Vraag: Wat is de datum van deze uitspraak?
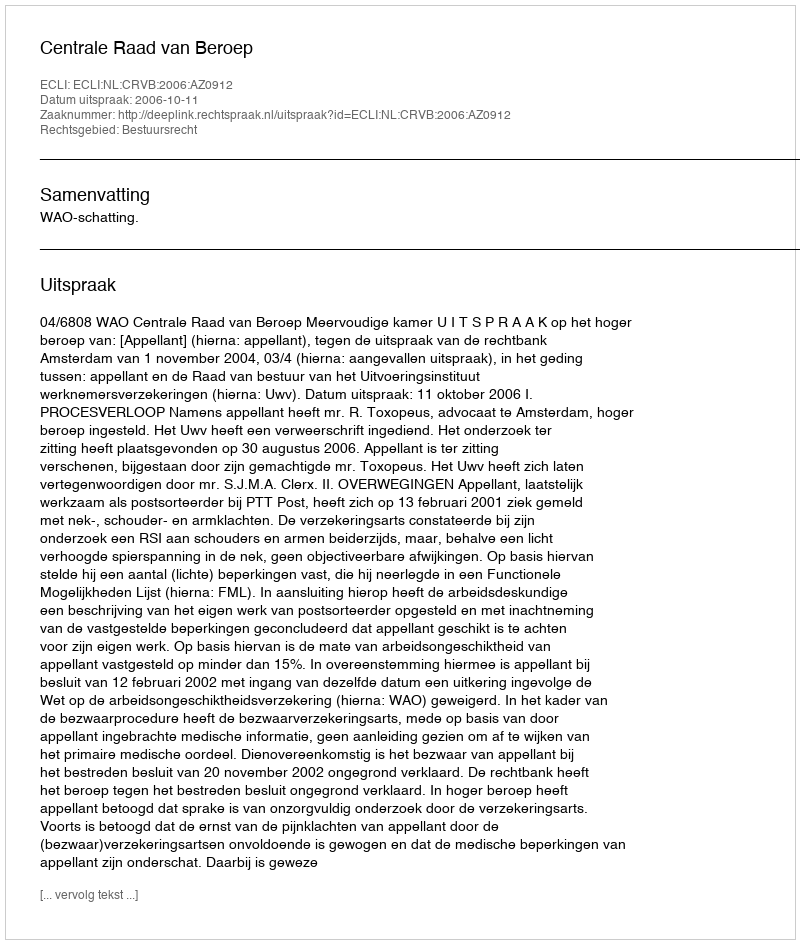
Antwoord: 2006-10-11